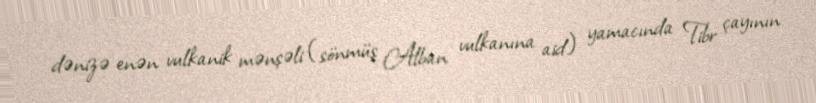
dənizə enən vulkanik mənşəli (sönmüş Alban vulkanına aid) yamacında Tibr çayının